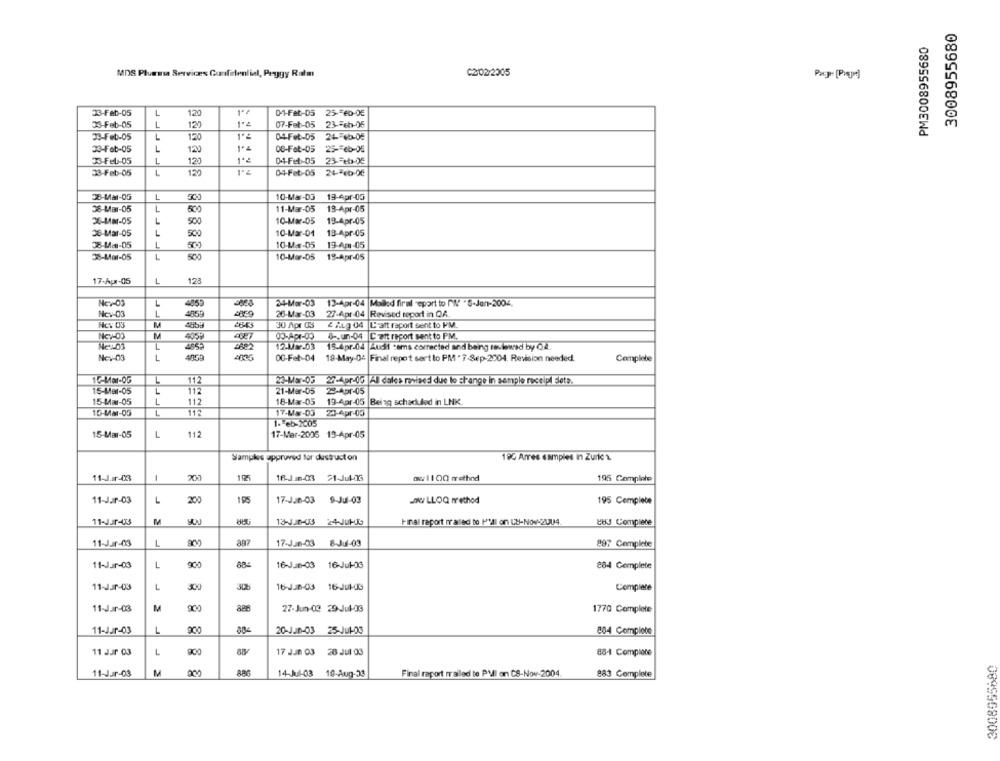
3008955680
PM3008955680
MDS Pluessa Services Confidential, Peggy Ram
C2/02/2005
33-Feb-05
L
120
01-Fet-05
25-60-05
L
07-Fet-05
33-Feb-05
120
23-Feb-05
33-Feb-05
L
120
04-Feb-05
33-Feb-05
L
12]
OB-Fat-05
25 -= 66-06
33-Fel -05
L
04-Feb-05
23-Feb1-05
123
33-Feb-05
L
120
04-Feb-05
24-Feb-06
38-Mar-05
L
10-Ma-03
19-Apr-05
38-Mar-05
509
11-Mar-05
13-Apr-05
35-448-05
L
10-Mar-05
19-Apr-05
500
38-Mar-05
L
500
10-Mar-01
13-Apr-05
38-18-05
1
10-44-05
19-Ap-05
38-4401-05
1
500
10-Mar-05
19-Apr-05
17-Aux-05
12
Nc7-03
L
24-Mar-03
13-Apr-04 |Mailed firal report to M'N' " S-Jan-2004
Nc :- 03
L
485!
27-Apr-04 |Revised report in QA.
26-Mar-03
Nc: 03
M
30 Apr 05
2 ALQ 04 |Craft raport sent to PM.
NICY-03
M
405P
00-Apr-03
4 -. un-04 |C'att report sent to PM,
12.Vw-03
18.Apr.04 Luci cems corrected and being reviewed by Q2.
Nev-03
L
00-Fet-04
19-May-04 |Final report sert lo PM *7-Sep-2004. Revision needed.
Complete
16-Mar-05
1
11
23-Mar-05 27-4pr-05|All dales misedi due to stange in sample receipt Sete.
15-Mer-05
L
112
21-Mer-05
29-Apr-05
15-Lar-05
L
112
18-Mar-05
19-Apr-05 |Belag scheduled in LNK
15-Mar-05
112
17-Mx-03
2-Apr-00
1- eb-1005
15-Mar-05
1
112
17-Mar-2005 19-Apr-05
Samples approved for dustruct on
195 Arres samples in Zurles
11-J.ar-433
1
12
1R-Jun-03 1-Jul-OG
aw1100 method
195 Complete
11-Jar-03
L
200
195
17-Jan-03 9-Jul-03
JAK LLOQ method
195 Complete
11-JJr-03
13-130-03 24-JU1-35
Final raport fraled to Pull on CB-Nov-2004.
883 Complete
11-Jar-03
L
887
17-Jun-03 8-Jul-03
897 Complete
L
900
88-
16-Jun-03 16-Jul-06
11-Jur-03
884 Complete
11-Jur-03
L
30
16-JJ0-03 16-Jul-03
Complete
11-Jar-03
M
27-Jun-02 29-Jul-OG
1770 Complete
11-Jur-03
L
20-Jun-03 25-Jul-03
884 Complete
11 Jur 03
17 JJB 03 28 JUI 03
88-4 Complace
11-Jur-03
M
14-Jul-03 10-Aug-33
Final raport mailed to PMI on CS-Nov-2004
883 Complete
0899568006